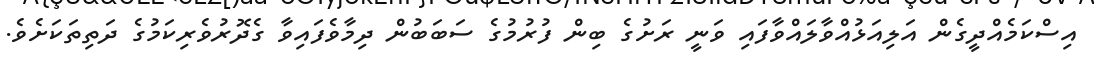
އިސްކަމެއްދީގެން އަލިއަޅުއްވާލައްވާފައި ވަނީ ރަށުގެ ބިން ފުރުމުގެ ސަބަބުން ދިމާވެފައިވާ ގެދޮރުވެރިކަމުގެ ދަތިތަކަށެވެ.